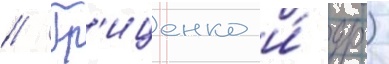
// Гр'иценко и́ др.)